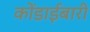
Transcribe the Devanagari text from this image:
कोंडाईबारी